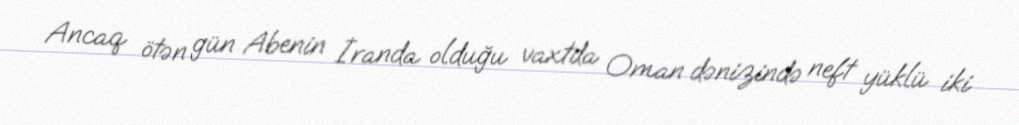
Ancaq ötən gün Abenin İranda olduğu vaxtda Oman dənizində neft yüklü iki